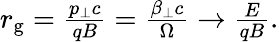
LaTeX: \begin{array}{r}{r_{\mathrm{g}}=\frac{p_{\perp}c}{qB}=\frac{\beta_{\perp}c}{\Omega}\to\frac{E}{qB}.}\end{array}